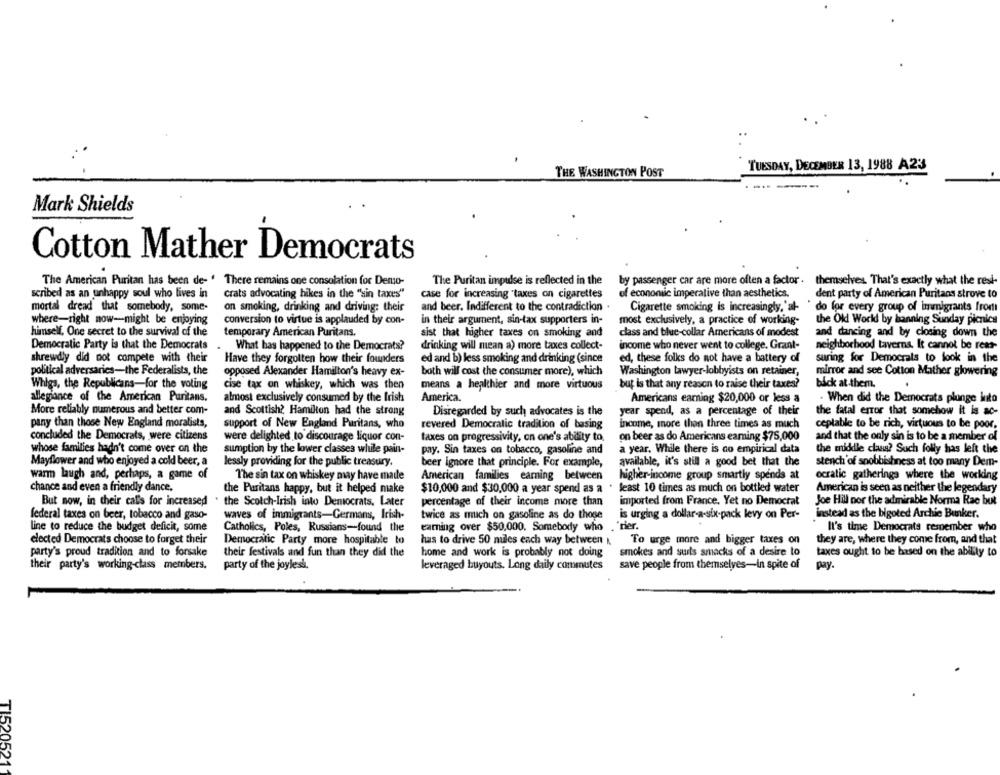
TUESDAY, DECEMBER 13, 1988 A23
THE WASHINGTON POST
----
Mark Shields
Cotton Mather Democrats
The American Puritan has been de- ' There remains one consolation for Demo-
The Puritan impudse is reflected in the
by passenger car are more often a factor . themselves. That's exactly what the rest-
themselves. That's exactly what the rest-
scribed as an unhappy soul who lives in
crats advocating hikes in the "sin taxes"
case for increasing taxes on cigarettes
of economic imperative than aesthetics.
dent party of American Puritans strove (0
mortal dread that somebody, some-
on smoking, drinking and driving: their
and beer. Indifferent to the contradiction .
Cigarette smoking is increasingly,'al-
do for every group of immigrants from
in their argument, sin-tax supporters in-
the Old World by banning Sunday picnics
where-right now-might be enjoying
conversion to virtue is applauded by con-
most exclusively, a practice of working-
himself, One secret to the survival of the
temporary American Puritans.
sist that higher taxes on smoking and
class and blue-collar Americans of modest
and dancing and by closing down the
Democratic Party is that the Democrats
What has happened to the Democrats?
drinking will mean a) more taxes collect-
income who never went to college. Grant-
neighborhood taverns. It cannot be reat-
shrewdly did not compete with their
Have they forgolten how their founders
ed and b) less smoking and drinking (since
ed, these folks do not have a battery of
suring for Democrats to look in the
political adversaries-the Federalists, the
opposed Alexander Hamilton's heavy ex-
both will cost the consumer more), which
Washington lawyer-lobbyists on retainer,
mirror and see Cotton Mather glowering
Whigs, the Republicans-for the voting
cise tax on whiskey, which was then
means a healthier and more virtuous
but is that any reason to raise their taxes?
back at them.
allegiance of the American Puritans.
almost exclusively consumed by the Irish
America.
Americans earning $20,000 or less a
- When did the Democrats plunge into
More reliably numerous and better com-
and Scottish? Hamilton had the strong
Disregarded by such advocates is the
year spend, as a percentage of their
the fatal error that somehow it is ac-
pany than those New England moralists,
support of New England Puritans, who
revered Democratic tradition of basing
income, more than three times as much
ceplable to be rich, virtuous to be poor.
concluded the Democrats, were citizens
were delighted to discourage liquor con-
taxes on progressivity, on one's ability to
on beer as do Americans eaming $75,000
and that the only sin is to be a member of
whose families hadn't come over on the
sumption by the lower classes while pain-
a year, While there is no empirical data
the middle class? Such folly has left the
pay. Sin taxes on tobacco, gasoline and
Mayflower and who enjoyed a cold beer, a
lessly providing for the public treasury.
beer ignore that principle. For example,
available, it's still a good bet that the
stench'of spobbishness at too many Dem-
warm laugh and, perhaps, a game of
The sin tax on whiskey may have made
American families earning between
higher-income group smartly spends at
ocratic gatherings where the working
chance and even a friendly dance.
the Puritans happy, but it helped make
$10,000 and $30,000 a year spend as a . least 10 times as much on bottled water
American is seen as neither the legendary
$10,000 and $30,000 a year spend as a
But now, in their cal's for increased
the Scotch-Irish into Democrats. Later
percentage of their income more than
imported from France. Yet no Democrat
Joe Hill nor the admirable Norma Rae but
federal taxes on beer, tobacco and gaso-
waves of immigrants-Germans, Irish-
twice as much on gasoline as do those
is urging a dollar-a-six-pack levy on Per-
instead as the bigoted Archie Bunker.
line to reduce the budget deficit, some
Catholics, Poles, Russians-found the
eaming over $50,000. Somebody who . 'rier.
It's time Democrats respember who
elected Democrats choose to forget their
Democratic Party more hospitable to
has to drive 50 nules each way between
To urge more and bigger taxes on
they are, where they come from, and that
party's proud tradition and to forsake
their festivals and fun than they did the
home and work is probably not doing
smokes and surls smacks of a desire to
taxes ought to be based on the ability to
their party's working-class members.
party of the joylesk.
leveraged buyouts. Long daily commutes
save people from themselves-In spite of
pay.
TI520521